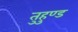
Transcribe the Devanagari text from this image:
तुहुण्ड